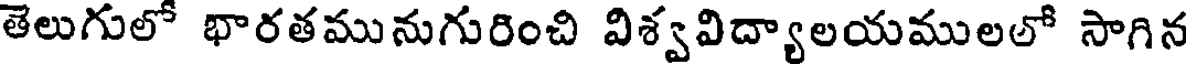
తెలుగులో భారతమునుగురించి విశ్వవిద్యాలయములలో సాగిన